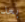
بعد